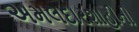
અમલદારશાહીની